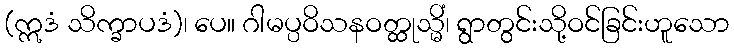
(ဣဒံ သိက္ခာပဒံ)၊ ပေ။ ဂါမပ္ပဝိသနဝတ္ထုသ္မိံ၊ ရွာတွင်းသို့ဝင်ခြင်းဟူသော